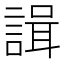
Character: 諿